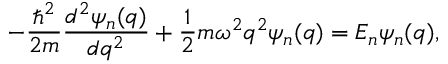
- \frac { \hbar ^ { 2 } } { 2 m } \frac { d ^ { 2 } \psi _ { n } ( q ) } { d q ^ { 2 } } + \frac { 1 } { 2 } m \omega ^ { 2 } q ^ { 2 } \psi _ { n } ( q ) = E _ { n } \psi _ { n } ( q ) ,